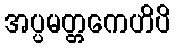
အပ္ပမတ္တကေဟိပိ